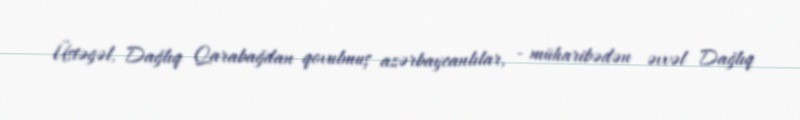
Üstəgəl, Dağlıq Qarabağdan qovulmuş azərbaycanlılar, - müharibədən əvvəl Dağlıq